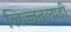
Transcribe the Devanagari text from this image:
लिज्जतलाही